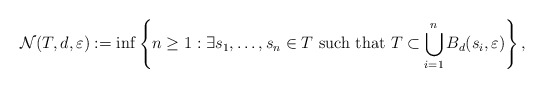
\begin{align*}\mathcal N (T, d, \varepsilon) := \inf \left\{ n \geq 1 : \exists s_1, \ldots, s_n \in T ~ \textrm{such that} ~ T \subset \bigcup_{i=1}^n B_d(s_i, \varepsilon) \right\},\end{align*}